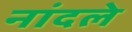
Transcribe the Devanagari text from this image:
नांदले